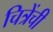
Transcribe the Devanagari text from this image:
चित्रेंची